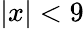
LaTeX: |x|<9